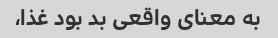
به معنای واقعی بد بود غذا،